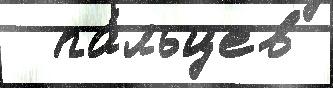
  па́льцев